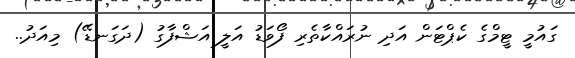
ގައުމީ ޓީމްގެ ކެޕްޓަން އަދި ނުރައްކާތެރި ފޯވަޑު އަލީ އަޝްފާގު (ދަގަނޑޭ) މިއަދު..